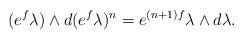
LaTeX: \begin{align*}(e^{f}\lambda)\wedge d(e^{f}\lambda)^{n}=e^{(n+1)f}\lambda\wedge d\lambda.\end{align*}